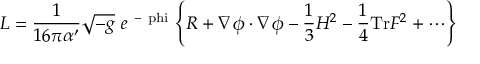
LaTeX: { \cal L } = \frac { 1 } { 1 6 \pi \alpha ^ { \prime } } \sqrt { - g } \ e ^ { \mathrm { ~ - \ p h i ~ } } \Biggl \{ R + \nabla \phi \cdot \nabla \phi - { \frac { 1 } { 3 } } H ^ { 2 } - \frac { 1 } { 4 } \mathrm { T r } F ^ { 2 } + \cdots \Biggr \}